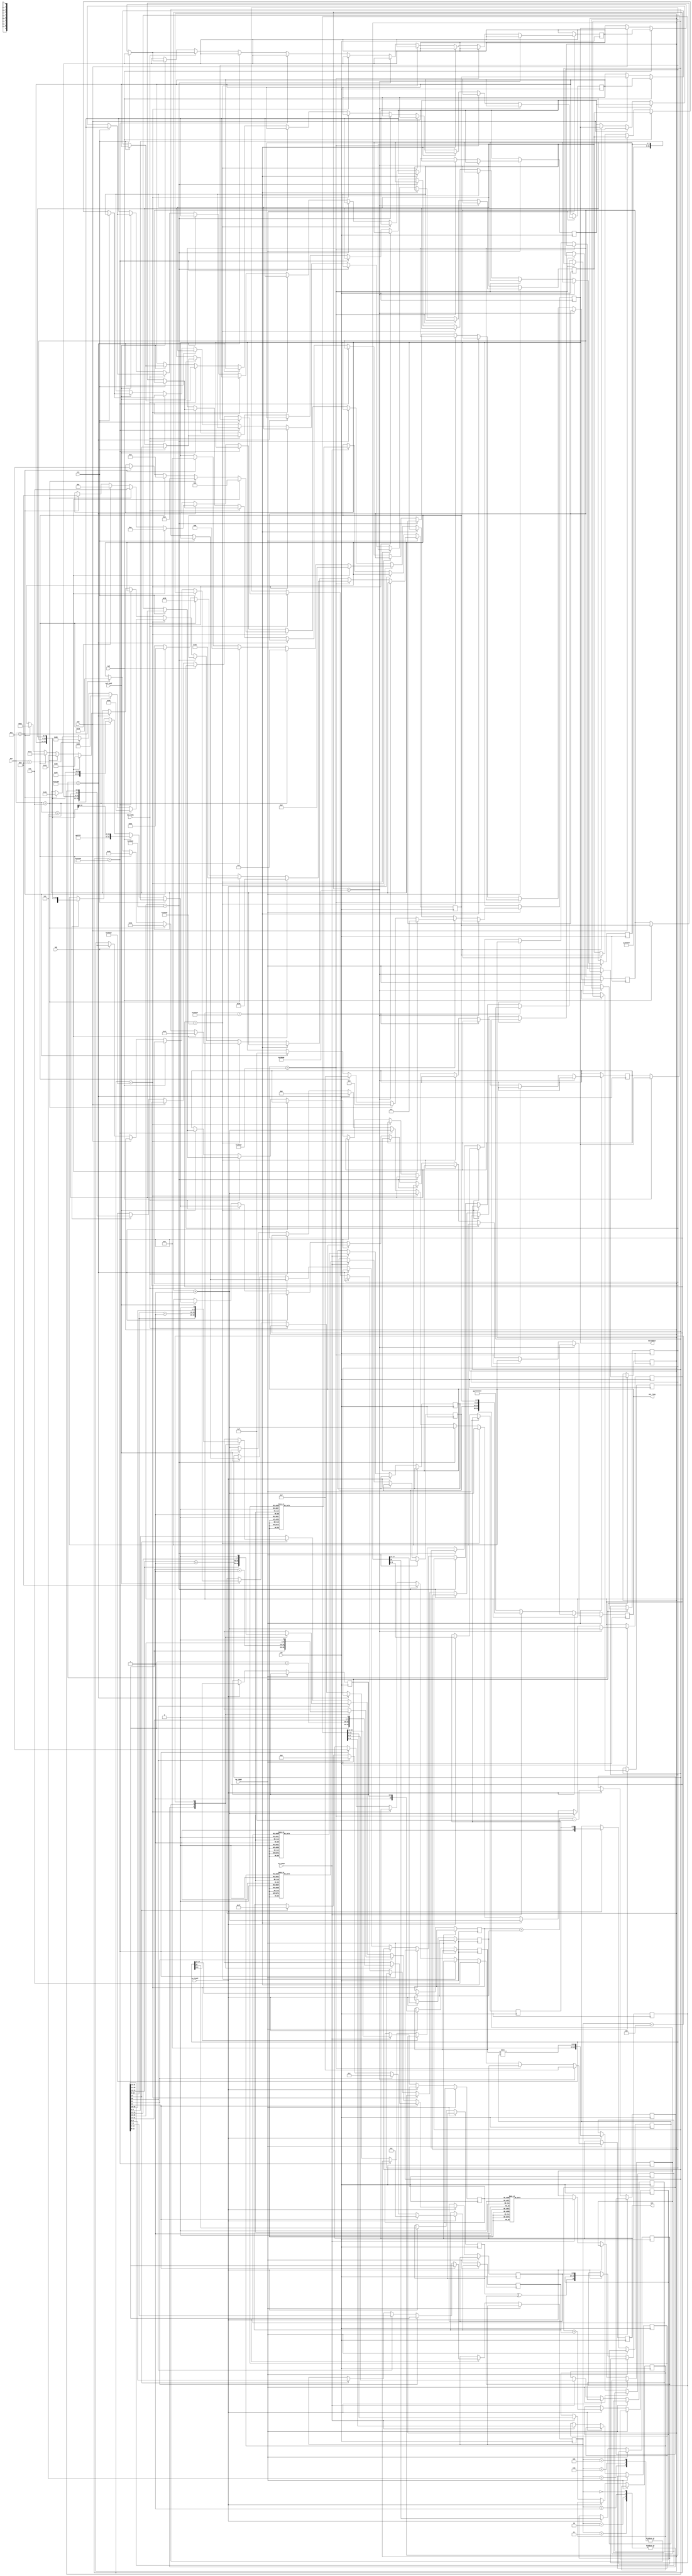

`timescale 1ns / 1ps
`define biased_exponent 15

//working code for displaying multplication output, perform multi, take & display input from keypad

module integrate(
	 sw1_num1,		//main switch for 1st 4 no.s
	 sw2_num2,		//main switch for 2st 4 no.s
	 sw1,				//switch for 1st no.
	 sw2,				//switch for 2nd no.
	 sw3,				//switch for 3rd no.
	 sw4,				//switch for 4th no.
    clk,
    Row,
    Col,
    DecodeOut,
	 out_7seg,
	 sw_temp1,
	 sw_temp2,
	 sw_temp3
    );
	 
	//always2 declaration
	input sw_temp1;
	input sw_temp2;
	input sw_temp3;
	
	 reg S1;
	 reg S2;
	 
	 
	 reg [4:0] E1;
	 reg [4:0] E2;
	 reg [9:0] F1;
	 reg [9:0] F2;
    reg [25:0]temp_fraction; //Fraction
    reg[2:0] rounding_action;
    reg [9:0]final_fraction;// Fraction

    reg [4:0]temp_exponent_sum,temp_Exponent_Sum_Final;//Exponent

    reg signed [4:0] exponent_count; //Exponent

    reg [10:0]temp_F1, temp_F2;
    reg S; //Signed bit
	 
	  reg [15:0] mult_result;	//16bit in\put value i.e. result of mutiplication
	 
	 //end always2
	 
	 
	 //always3 decl
	 reg [3:0] temp_result1;	//takes 4 bit at a time for case statments
	reg [3:0] temp_result2;
	reg [3:0] temp_result3;
	reg [3:0] temp_result4;

	//reg [7:0] out_7seg1;		//takes 8 bits at a time for 7-segment
	reg [7:0] out_7seg2;
	reg [7:0] out_7seg3;
	reg [7:0] out_7seg4;
	 
	 
	 //end always3
	
	
	
	
	
	
	
	

   input clk;						// 100MHz onboard clock
   input [3:0] Row;				// Rows on KYPD
   output reg [3:0] Col;			// Columns on KYPD
   output reg [3:0] DecodeOut;	// Output data
	reg [7:0]out_7seg1;
	output reg [31:0] out_7seg;

	reg [19:0] sclk;				// Count register
	
	input sw1;
	input sw2;
	input sw3;
	input sw4;
	input sw1_num1;
	input sw2_num2;
	
	reg [7:0] temp1;
	reg [7:0] temp2;
	reg [7:0] temp3;
	reg [7:0] temp4;
	reg [15:0] num_1;	// register for storing 1st, 4 hex no.s
	reg [15:0] num_2;	// register for storing 2nd, 4 hex no.s
	reg [3:0] temp1_DecodeOut;	//register for temporary storage of 1st, 4 bit binary no.
	reg [3:0] temp2_DecodeOut;	//register for temporary storage of 2nd, 4 bit binary no.
	reg [3:0] temp3_DecodeOut;	//register for temporary storage of 3rd, 4 bit binary no.
	reg [3:0] temp4_DecodeOut;	//register for temporary storage of 4th, 4 bit binary no.
	

	always @(posedge clk) 
	begin

	if(sw_temp1 == 1'b1)begin
	
	
		//num_1 <= 16'b0100010010000000;
		//num_2 <= 16'b1011100000000000;
			
		if (sclk == 20'b00011000011010100000) 	// 1ms
			begin	
				Col <= 4'b0111;				//C1
				sclk <= sclk + 1'b1;
			end
			
			
		else if(sclk == 20'b00011000011010101000) 	// check row pins
			begin
				if (Row == 4'b0111) 				//R1
				begin
					DecodeOut <= 4'b0001;		//1
					out_7seg1 <= ~(8'b00000110);
				end
				
				else if(Row == 4'b1011) 		//R2
					begin
						DecodeOut <= 4'b0100; 	//4
						out_7seg1 <= ~(8'b01100110);
					end
				
				else if(Row == 4'b1101) 		//R3
					begin
						DecodeOut <= 4'b0111; 	//7
						out_7seg1 <= ~(8'b00000111);		
					end
				
				else if(Row == 4'b1110)			//R4
					begin
						DecodeOut <= 4'b1111; 	//f    		 
						out_7seg1 <= ~(8'b01110001);	
					end
					
				sclk <= sclk + 1'b1;
			end

		
		else if(sclk == 20'b00110000110101000000) 	// 2ms
		begin
			Col<= 4'b1011;		//C2
			sclk <= sclk + 1'b1;
		end
			
			
			else if(sclk == 20'b00110000110101001000) 		// check row pins
			begin
				
				if (Row == 4'b0111) 				//R1
				begin
					DecodeOut <= 4'b0010; 		//2
					out_7seg1 <= ~(8'b1011011);
				end
				
				else if(Row == 4'b1011) 		//R2
				begin
					DecodeOut <= 4'b0101; 		//5
					out_7seg1 <= ~(8'b01101101);
				end
				
				else if(Row == 4'b1101) 		//R3
				begin
					DecodeOut <= 4'b1000; 		//8
					out_7seg1 <= ~(8'b01111111);
				end
				
				else if(Row == 4'b1110) 		//R4
				begin
					DecodeOut <= 4'b0000; 		//0	
					out_7seg1 <= ~(8'b00111111);
				end
				sclk <= sclk + 1'b1;
			end

			
		else if(sclk == 20'b01001001001111100000) 	//3ms
		begin
			Col<= 4'b1101;						//C3
			sclk <= sclk + 1'b1;
		end
			
			else if(sclk == 20'b01001001001111101000) 	// check row pins
			begin
				if(Row == 4'b0111) 				//R1
				begin
					DecodeOut <= 4'b0011; 		//3	
					out_7seg1 <= ~(8'b01001111);
				end
				
				else if(Row == 4'b1011) 		//R2
				begin
					DecodeOut <= 4'b0110; 		//6
					out_7seg1 <= ~(8'b01111101);
				end
				
				else if(Row == 4'b1101) 		//R3
				begin
					DecodeOut <= 4'b1001; 		//9
					out_7seg1 <= ~(8'b01101111);
				end
				
				else if(Row == 4'b1110)			//R4
				begin
					DecodeOut <= 4'b1110; 		//E
					out_7seg1 <= ~(8'b01111001);
				end

				sclk <= sclk + 1'b1;
			end

			
		else if(sclk == 20'b01100001101010000000) 	//4ms
		begin
			Col<= 4'b1110;						//C4
			sclk <= sclk + 1'b1;
		end

			
			else if(sclk == 20'b01100001101010001000) 	// Check row pins
			begin
				
				if(Row == 4'b0111) 				//R1
				begin
					DecodeOut <= 4'b1010; 		//A
					out_7seg1 <= ~(8'b01110111);
				end
				
				else if(Row == 4'b1011) 		//R2
				begin
					DecodeOut <= 4'b1011; 		//B
					out_7seg1 <= ~(8'b01111100);
				end
				
				else if(Row == 4'b1101) 		//R3
				begin
					DecodeOut <= 4'b1100; 		//C
					out_7seg1 <= ~(8'b00111001);
				end
				
				else if(Row == 4'b1110)			//R4
				begin
					DecodeOut <= 4'b1101; 		//D
					out_7seg1 <= ~(8'b01011110);
				end
				sclk <= 20'b00000000000000000000;
			end
			
			else if(sw1_num1 == 1'b1)		//press switch sw8 on board
			begin
			   if(sw1 == 1'b1)				//press switch sw0 on board
					begin
						temp1 <= out_7seg1;
						out_7seg <= {8'b11111111, 8'b11111111, 8'b11111111, temp1};
						temp1_DecodeOut <= DecodeOut;	
					end
					
				else if(sw2 == 1'b1)			//press switch sw1 on board
					begin
						temp2 <= out_7seg1;
						out_7seg <= {8'b11111111, 8'b11111111, temp2, temp1};
						temp2_DecodeOut <= DecodeOut;
					end
					
				else if(sw3 == 1'b1)		//press switch sw2 on board
					begin
						temp3 <= out_7seg1;
						out_7seg <= {8'b11111111, temp3, temp2, temp1};
						temp3_DecodeOut <= DecodeOut;
					end
					
				else if(sw4 == 1'b1)		//press switch sw3 on board
					begin
						temp4 <= out_7seg1;
						out_7seg <= {temp4, temp3, temp2, temp1};
						temp4_DecodeOut <= DecodeOut;
						num_1 <= {temp4_DecodeOut, temp3_DecodeOut, temp2_DecodeOut, temp1_DecodeOut};		//storing 4 bit binary
						//out_7seg <= ~{temp4_DecodeOut, temp3_DecodeOut, temp2_DecodeOut, temp1_DecodeOut};
					end
					
				end
				
			else if(sw2_num2 == 1'b1)	//press switch sw9 on board
			begin
			
			   if(sw1 == 1'b1)
					begin
						temp1 <= out_7seg1;
						out_7seg <= {8'b11111111, 8'b11111111, 8'b11111111, temp1};
						temp1_DecodeOut <= DecodeOut;
					end
					
				else if(sw2 == 1'b1)
					begin
						temp2 <= out_7seg1;
						out_7seg <= {8'b11111111, 8'b11111111, temp2, temp1};
						temp2_DecodeOut <= DecodeOut;
					end
					
				else if(sw3 == 1'b1)
					begin
						temp3 <= out_7seg1;
						out_7seg <= {8'b11111111, temp3, temp2, temp1};
						temp3_DecodeOut <= DecodeOut;
					end
					
				else if(sw4 == 1'b1)
					begin
						temp4 <= out_7seg1;
						out_7seg <= {temp4, temp3, temp2, temp1};
						temp4_DecodeOut <= DecodeOut;
						
						num_2 <= {temp4_DecodeOut, temp3_DecodeOut, temp2_DecodeOut, temp1_DecodeOut};
						
						//out_7seg <= ~{temp4_DecodeOut, temp3_DecodeOut, temp2_DecodeOut, temp1_DecodeOut};
					end
					
				end
				
			else begin		// Otherwise increment
				sclk <= sclk + 1'b1;
			end	
	
	end
	
	
	
	
	
	
	
	else if(sw_temp2 == 1'b1)
	begin
	
	
	
			 S1 <= num_1 [15];
			 S2 <= num_2 [15];
			  
			 E1 <= num_1 [14:10];
			 E2 <= num_2 [14:10];
			 F1 <= num_1 [9:0];
			 F2 <= num_2 [9:0];

		 
		 
		 
		 
		 
        //=======================Fractional part operation
        
        temp_F1 <= {1'b1, F1}; //1_Fraction1
        temp_F2 <= {1'b1, F2}; //1_Fraction2
        temp_fraction <= temp_F1 * temp_F2;

        
        if (temp_fraction[22]==1) begin
            rounding_action <= temp_fraction[11:9];

            case (rounding_action)
                0,1,2,3: final_fraction <= temp_fraction[21:12];

                5,6,7: final_fraction <= temp_fraction[21:12] + 1'b1;
                
                4: final_fraction <= {temp_fraction[21:13], 1'b0}; 
                
                default: final_fraction <= temp_fraction[21:12];

            endcase
            exponent_count <= 2; 
        end

        else if (temp_fraction[21]==1) begin

            rounding_action <= temp_fraction[10:8];

            case (rounding_action)
                0,1,2,3: final_fraction <= temp_fraction[20:11];

                5,6,7: final_fraction <= temp_fraction[20:11] + 1'b1;
                
                4: final_fraction <= {temp_fraction[20:12], 1'b0}; 
                
                default: final_fraction <= temp_fraction[20:11];

            endcase
            exponent_count <= 1;
        end

        else if (temp_fraction[20]==1) begin
            
            rounding_action <= temp_fraction[9:7];

            case (rounding_action)
                0,1,2,3 : final_fraction <= temp_fraction[19:10];
                
                5,6,7: final_fraction <= temp_fraction[19:10] + 1'b1;
                
                4: final_fraction <= {temp_fraction[19:11], 1'b0};
                
                default: final_fraction <= temp_fraction[19:10];

            endcase
            exponent_count <= 0;

        end


        else if (temp_fraction[19]==1) begin
            final_fraction <= temp_fraction[18:9];

            rounding_action <= temp_fraction[8:6];

            case (rounding_action)
                0,1,2,3 : final_fraction <= temp_fraction[18:9];
                
                5,6,7: final_fraction <= temp_fraction[18:9] + 1'b1;
                
                4: final_fraction <= {temp_fraction[19:10], 1'b0};
                
                default: final_fraction <= temp_fraction[18:9];

            endcase
            
            exponent_count <= -1;
        end

        else 
            final_fraction <= temp_fraction; 
        
//------------------------------------------------------------------------------------//

        //=================Exponent operation

        temp_exponent_sum <= (E1 + E2) - `biased_exponent; //True Exponent
        temp_Exponent_Sum_Final <= temp_exponent_sum + exponent_count; //Final Exponent value
        S = S1 ^ S2; //To find the Sign Bit


        // Output of Multiplication
        mult_result <= {S,temp_Exponent_Sum_Final,final_fraction};
		  
		  //out_7seg <= F;
       
    end
		 
		 
	
	
	
	
	
	
								else if(sw_temp3 == 1'b1)
								begin
								
								
								
									 temp_result1 <= mult_result [3:0];
									 temp_result2 <= mult_result [7:4];
									 temp_result3 <= mult_result [11:8];
									 temp_result4 <= mult_result [15:12];
								
								
									case (temp_result1)
											4'b0000: out_7seg1 <= ~(8'b00111111);	//0
											4'b0001:	out_7seg1 <= ~(8'b00000110);	//1
											4'b0010: out_7seg1 <= ~(8'b01011011);  //2
											4'b0011: out_7seg1 <= ~(8'b01001111);	//3
											4'b0100: out_7seg1 <= ~(8'b01100110);	//4
											4'b0101: out_7seg1 <= ~(8'b01101101);	//5
											4'b0110: out_7seg1 <= ~(8'b01111101);	//6
											4'b0111: out_7seg1 <= ~(8'b00000111);	//7
											4'b1000: out_7seg1 <= ~(8'b01111111);	//8
											4'b1001: out_7seg1 <= ~(8'b01101111);	//9
											4'b1010: out_7seg1 <= ~(8'b01110111);	//10 a
											4'b1011: out_7seg1 <= ~(8'b01111100);	//11 b
											4'b1100: out_7seg1 <= ~(8'b00111001);	//12 c
											4'b1101: out_7seg1 <= ~(8'b01011110);	//13 d
											4'b1110: out_7seg1 <= ~(8'b01111001);	//14 e 1001_1110 correct-01111001
											4'b1111: out_7seg1 <= ~(8'b01110001);	//15 f
										
											default: out_7seg1 <= ~(8'b1111_1111);
										
									endcase
									
											case (temp_result2)
											4'b0000: out_7seg2 <= ~(8'b00111111);	//0
											4'b0001:	out_7seg2 <= ~(8'b00000110);	//1
											4'b0010: out_7seg2 <= ~(8'b01011011);  //2
											4'b0011: out_7seg2 <= ~(8'b01001111);	//3
											4'b0100: out_7seg2 <= ~(8'b01100110);	//4
											4'b0101: out_7seg2 <= ~(8'b01101101);	//5
											4'b0110: out_7seg2 <= ~(8'b01111101);	//6
											4'b0111: out_7seg2 <= ~(8'b00000111);	//7
											4'b1000: out_7seg2 <= ~(8'b01111111);	//8
											4'b1001: out_7seg2 <= ~(8'b01101111);	//9
											4'b1010: out_7seg2 <= ~(8'b01110111);	//10 a
											4'b1011: out_7seg2 <= ~(8'b01111100);	//11 b
											4'b1100: out_7seg2 <= ~(8'b00111001);	//12 c
											4'b1101: out_7seg2 <= ~(8'b01011110);	//13 d
											4'b1110: out_7seg2 <= ~(8'b01111001);	//14 e
											4'b1111: out_7seg2 <= ~(8'b01110001);	//15 f
									
											default: out_7seg2 <= ~(8'b1111_1111);
										
									endcase
									
											case (temp_result3)
											4'b0000: out_7seg3 <= ~(8'b00111111);	//0
											4'b0001:	out_7seg3 <= ~(8'b00000110);	//1
											4'b0010: out_7seg3 <= ~(8'b01011011);  //2
											4'b0011: out_7seg3 <= ~(8'b01001111);	//3
											4'b0100: out_7seg3 <= ~(8'b01100110);	//4
											4'b0101: out_7seg3 <= ~(8'b01101101);	//5
											4'b0110: out_7seg3 <= ~(8'b01111101);	//6
											4'b0111: out_7seg3 <= ~(8'b00000111);	//7
											4'b1000: out_7seg3 <= ~(8'b01111111);	//8
											4'b1001: out_7seg3 <= ~(8'b01101111);	//9
											4'b1010: out_7seg3 <= ~(8'b01110111);	//10 a
											4'b1011: out_7seg3 <= ~(8'b01111100);	//11 b
											4'b1100: out_7seg3 <= ~(8'b00111001);	//12 c
											4'b1101: out_7seg3 <= ~(8'b01011110);	//13 d
											4'b1110: out_7seg3 <= ~(8'b01111001);	//14 e
											4'b1111: out_7seg3 <= ~(8'b01110001);	//15 f
										
											default: out_7seg3 <= ~(8'b1111_1111);
										
									endcase
									
											case (temp_result4)
											4'b0000: out_7seg4 <= ~(8'b00111111);	//0
											4'b0001:	out_7seg4 <= ~(8'b00000110);	//1
											4'b0010: out_7seg4 <= ~(8'b01011011);  //2
											4'b0011: out_7seg4 <= ~(8'b01001111);	//3
											4'b0100: out_7seg4 <= ~(8'b01100110);	//4
											4'b0101: out_7seg4 <= ~(8'b01101101);	//5
											4'b0110: out_7seg4 <= ~(8'b01111101);	//6
											4'b0111: out_7seg4 <= ~(8'b00000111);	//7
											4'b1000: out_7seg4 <= ~(8'b01111111);	//8
											4'b1001: out_7seg4 <= ~(8'b01101111);	//9
											4'b1010: out_7seg4 <= ~(8'b01110111);	//10 a
											4'b1011: out_7seg4 <= ~(8'b01111100);	//11 b
											4'b1100: out_7seg4 <= ~(8'b00111001);	//12 c
											4'b1101: out_7seg4 <= ~(8'b01011110);	//13 d
											4'b1110: out_7seg4 <= ~(8'b01111001);	//14 e
											4'b1111: out_7seg4 <= ~(8'b01110001);	//15 f
										
										
											default: out_7seg4 <= ~(8'b1111_1111);
										
									endcase
									
									out_7seg <= {out_7seg4, out_7seg3, out_7seg2, out_7seg1};	//display 4th,3rd,2nd,1st no.
								
								end
	
	
	
	
	
				else
				begin
					out_7seg <= {8'b11111111, 8'b11111111, 8'b11111111, 8'b11111111};
				
				end
	 
	
	end
endmodule